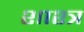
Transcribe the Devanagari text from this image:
शाश्त्र